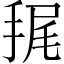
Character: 𢭶